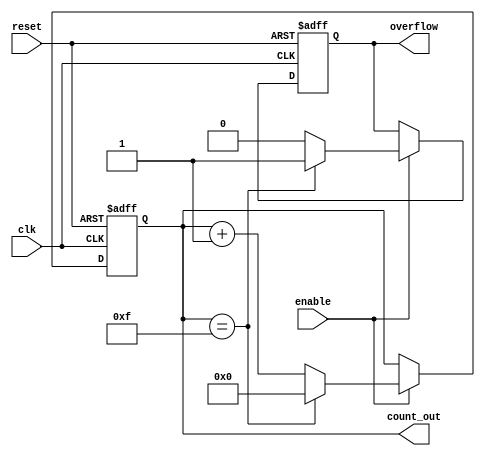
module memory_blocks_up_counter #(
    parameter N = 4  // Number of bits for the counter
)(
    input wire clk,        // Clock signal
    input wire reset,      // Asynchronous reset signal
    input wire enable,     // Enable signal
    output reg [N-1:0] count_out, // Current count output
    output reg overflow     // Overflow indicator
);

    // Internal register to store the count
    reg [N-1:0] count_mem;

    // Asynchronous reset and synchronous counting
    always @(posedge clk or posedge reset) begin
        if (reset) begin
            count_mem <= 0;       // Reset count to 0
            overflow <= 0;        // Clear overflow indicator
        end else if (enable) begin
            if (count_mem == {N{1'b1}}) begin
                count_mem <= 0;   // Reset count if maximum reached
                overflow <= 1;     // Set overflow indicator
            end else begin
                count_mem <= count_mem + 1; // Increment count
                overflow <= 0;     // Clear overflow indicator
            end
        end
    end

    // Output the current count value
    always @(*) begin
        count_out = count_mem; // Assign current count to output
    end

endmodule